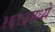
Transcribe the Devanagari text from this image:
१६९३मध्ये